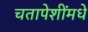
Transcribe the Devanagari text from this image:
चतापेशींमधे